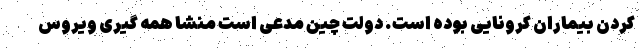
کردن بیماران کرونایی بوده است. دولت چین مدعی است منشا همه گیری ویروس